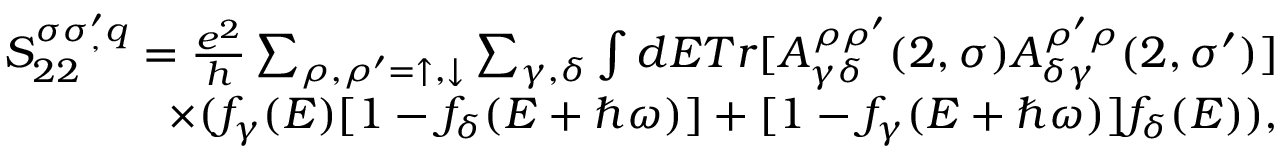
\begin{array} { r } { S _ { 2 2 } ^ { \sigma \sigma _ { , } ^ { \prime } q } = \frac { e ^ { 2 } } { h } \sum _ { \rho , \rho ^ { \prime } = \uparrow , \downarrow } \sum _ { \gamma , \delta } \int d E T r [ A _ { \gamma \delta } ^ { \rho \rho ^ { \prime } } ( 2 , \sigma ) A _ { \delta \gamma } ^ { \rho ^ { \prime } \rho } ( 2 , \sigma ^ { \prime } ) ] } \\ { \times ( f _ { \gamma } ( E ) [ 1 - f _ { \delta } ( E + \hbar \omega ) ] + [ 1 - f _ { \gamma } ( E + \hbar \omega ) ] f _ { \delta } ( E ) ) , } \end{array}